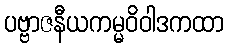
ပဗ္ဗာဇနီယကမ္မဝိဝါဒကထာ